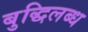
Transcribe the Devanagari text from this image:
बुद्धिलब्ध